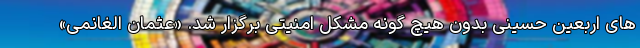
های اربعین حسینی بدون هیچ گونه مشکل امنیتی برگزار شد. «عثمان الغانمی»